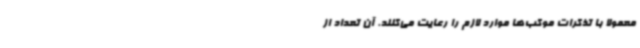
معمولا با تذکرات موکب‌ها موارد لازم را رعایت می‌کنند. آن تعداد از